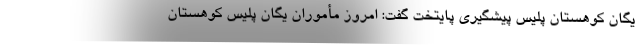
یگان کوهستان پلیس پیشگیری پایتخت گفت: امروز مأموران یگان پلیس کوهستان